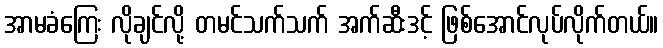
အာမခံကြေး လိုချင်လို့ တမင်သက်သက် အက်ဆီးဒင့် ဖြစ်အောင်လုပ်လိုက်တယ်။